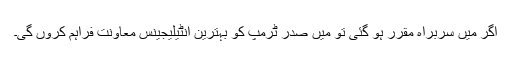
اگر میں سربراہ مقرر ہو گئی تو میں صدر ٹرمپ کو بہترین انٹیلیجینس معاونت فراہم کروں گی۔